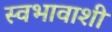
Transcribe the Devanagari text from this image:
स्वभावाशी